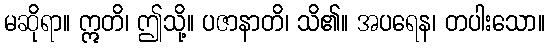
မဆိုရာ။ ဣတိ၊ ဤသို့။ ပဇာနာတိ၊ သိ၏။ အပရေန၊ တပါးသော။